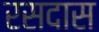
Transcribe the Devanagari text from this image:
रसदास